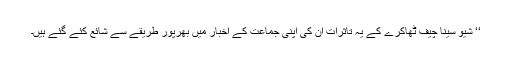
‘‘ شیو سینا چیف ٹھاکرے کے یہ تاثرات اُن کی اپنی جماعت کے اخبار میں بھرپور طریقے سے شائع کئے گئے ہیں۔